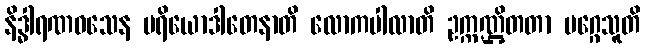
နိဒ္ဓါရဏဝသေန ပရိယောဒါတေနာတိ လောကပါလာတိ ဥက္ကဏ္ဌိတတာ မဂ္ဂေသူတိ